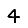
Digit: 4